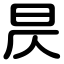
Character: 昃